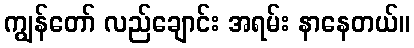
ကျွန်တော် လည်ချောင်း အရမ်း နာနေတယ်။